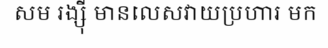
សម រង្ស៊ី មានលេសវាយប្រហារ មក